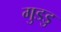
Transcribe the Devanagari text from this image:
गुडडु